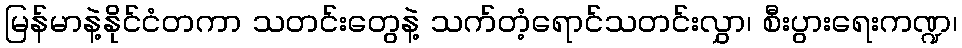
မြန်မာနဲ့နိုင်ငံတကာ သတင်းတွေနဲ့ သက်တံ့ရောင်သတင်းလွှာ၊ စီးပွားရေးကဏ္ဍ၊